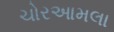
ચોરઆમલા